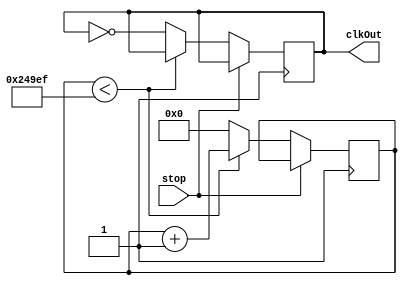
//-----------------------------------------------------
// Design Name : Assignment 1
// Function : This program will output a clock of frequency 1 Hz
// Coder    : Waleed Chaudhry
//--------------

module secClock(stop, clkOut);

//Declaring wires and registers
	input wire stop;
	output reg clkOut;

	reg ClOCK_50;
	reg [24:0] countReg; // 2^(24+1) > 1

//Creating Parameters
	parameter clkFrequency = 300000;
	parameter desiredFrequency = 1;
	parameter maxCount = 149999; //((clkFrequency/desiredFrequency)/2)-1

	initial begin
		ClOCK_50 = 0;
		clkOut = 0;
		countReg = 0;
	end

//Making a 0.3MHz Clock
	always begin
		#1 ClOCK_50 = ~ClOCK_50;
	end

//Scaling the Clock to 1 Hz Frequency
	always @ (posedge ClOCK_50 or posedge stop) begin
		if (stop != 1'b1) begin
			if (countReg < maxCount) begin
				countReg <= countReg + 1;
			end else begin
				countReg <= 0;
				clkOut <= ~ clkOut;
			end
		end
	end

endmodule